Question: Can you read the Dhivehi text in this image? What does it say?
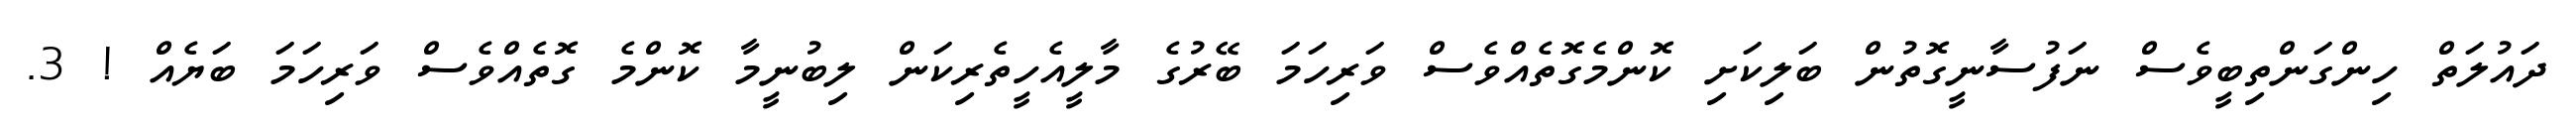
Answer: ދައުލަތް ހިންގަންތިބީވެސް ނަފުސާނީގޮތުން ބަލިކަށި ކޮންމެގޮތެއްވެސް ވަރިހަމަ ބޭރުގެ މާލީއެހީތެރިކަން ލިބުނީމާ ކޮންމެ ގޮތެއްވެސް ވަރިހަމަ ބަޔެއް ! 3.